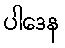
ပါဒေန